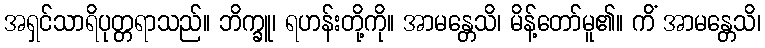
အရှင်သာရိပုတ္တရာသည်။ ဘိက္ခူ၊ ရဟန်းတို့ကို။ အာမန္တေသိ၊ မိန့်တော်မူ၏။ ကိံ အာမန္တေသိ၊